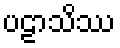
ပဠာသိဿ